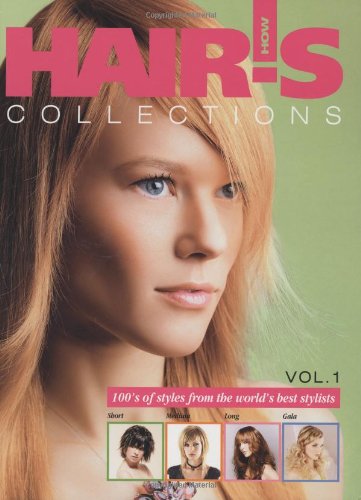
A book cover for Hair's How, Vol. 1: Collections (English and Spanish Edition); Hair's How Magazine; Health, Fitness & Dieting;